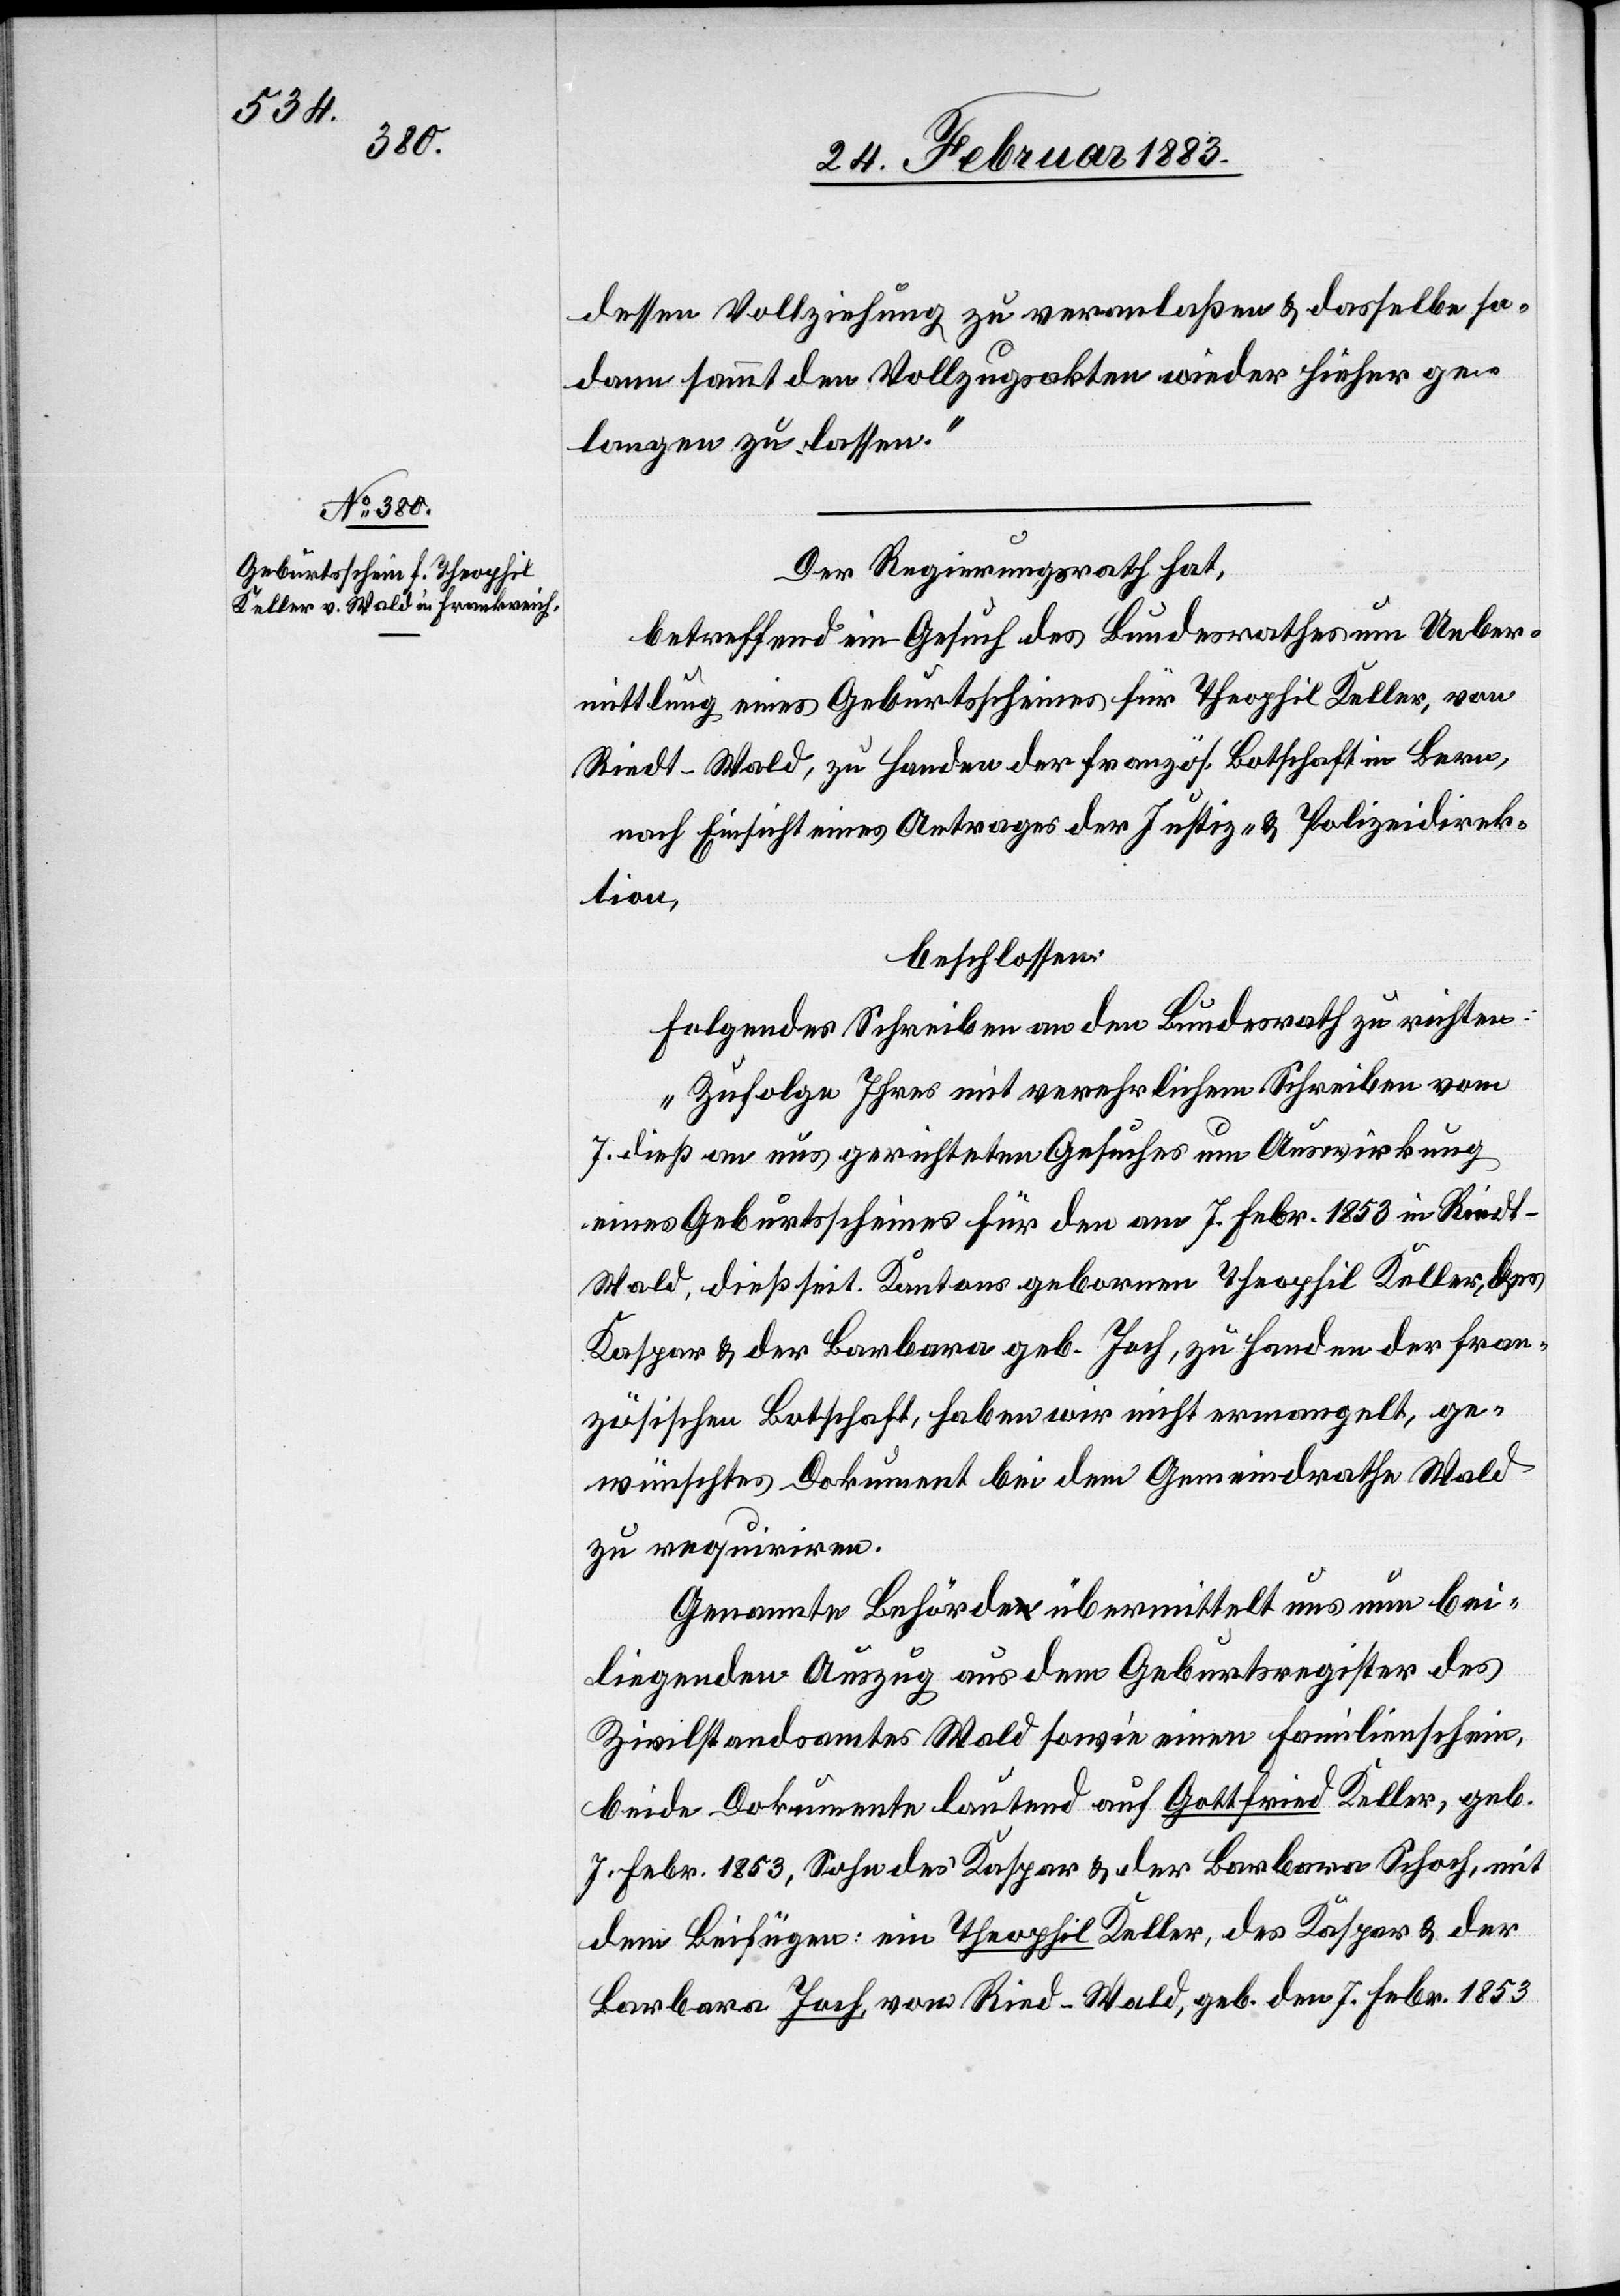
26. Februar 1883.]
dessen Vollziehung zu veranlaßen & dasselbe so¬
dann sammt den Vollzugsakten wieder hieher ge¬
langen zu lassen.“
Der Regierungsrath hat,
betreffend ein Gesuch des Bundesrathes um Ueber¬
mittlung eines Geburtsscheines für Theophil Keller, von
Riedt - Wald, zu Handen der französ. Botschaft in Bern,
nach Einsicht eines Antrages der Justiz- & Polizeidirek¬
tion,
beschlossen:
folgendes Schreiben an den Bundesrath zu richten:
„Zufolge Ihres mit verehrlichem Schreiben vom
7. dieß an uns gerichteten Gesuches um Auswirkung
eines Geburtsscheines für den am 7. Febr. 1863 in Riedt
Wald, dießseit. Kantons gebornen Theophil Keller, des
Kaspar & der Barbara geb. Joch, zu Handen der fran¬
zösischen Botschaft, haben wir nicht ermangelt, ge¬
wünschtes Dokument bei dem Gemeindrathe Wald
zu requiriren.
Genannte Behörde übermittelt uns nun bei¬
liegenden Auszug aus dem Geburtsregister des
Zivilstandsamtes Wald sowie einen Familienschein,
beide Dokumente lautend auf Gottfried Keller, geb.
7. Febr. 1853, Sohn des Kaspar & der Barbara Schoch
dem Beifügen: ein Theophil Keller, des Kaspar & der
Barbara Joch, von Ried [sic!] - Wald, geb. den 7. Febr. 1853